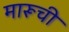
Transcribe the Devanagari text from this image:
मारूची